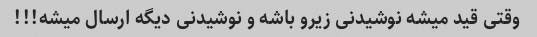
وقتی قید میشه نوشیدنی زیرو باشه و نوشیدنی دیگه ارسال میشه!!!